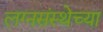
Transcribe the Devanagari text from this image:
लग्नसंस्थेच्या